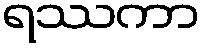
ရဿကာ